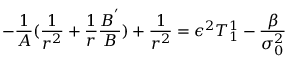
- \frac { 1 } { A } ( \frac { 1 } { r ^ { 2 } } + \frac { 1 } { r } \frac { B ^ { ' } } { B } ) + \frac { 1 } { r ^ { 2 } } = \epsilon ^ { 2 } T _ { 1 } ^ { 1 } - \frac { \beta } { \sigma _ { 0 } ^ { 2 } }